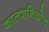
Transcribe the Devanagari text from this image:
कालशनिकोव